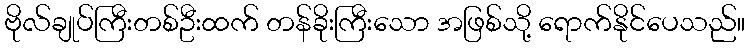
ဗိုလ်ချုပ်ကြီးတစ်ဦးထက် တန်ခိုးကြီးသော အဖြစ်သို့ ရောက်နိုင်ပေသည်။